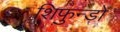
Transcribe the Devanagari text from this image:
शिफुन्ड़ो